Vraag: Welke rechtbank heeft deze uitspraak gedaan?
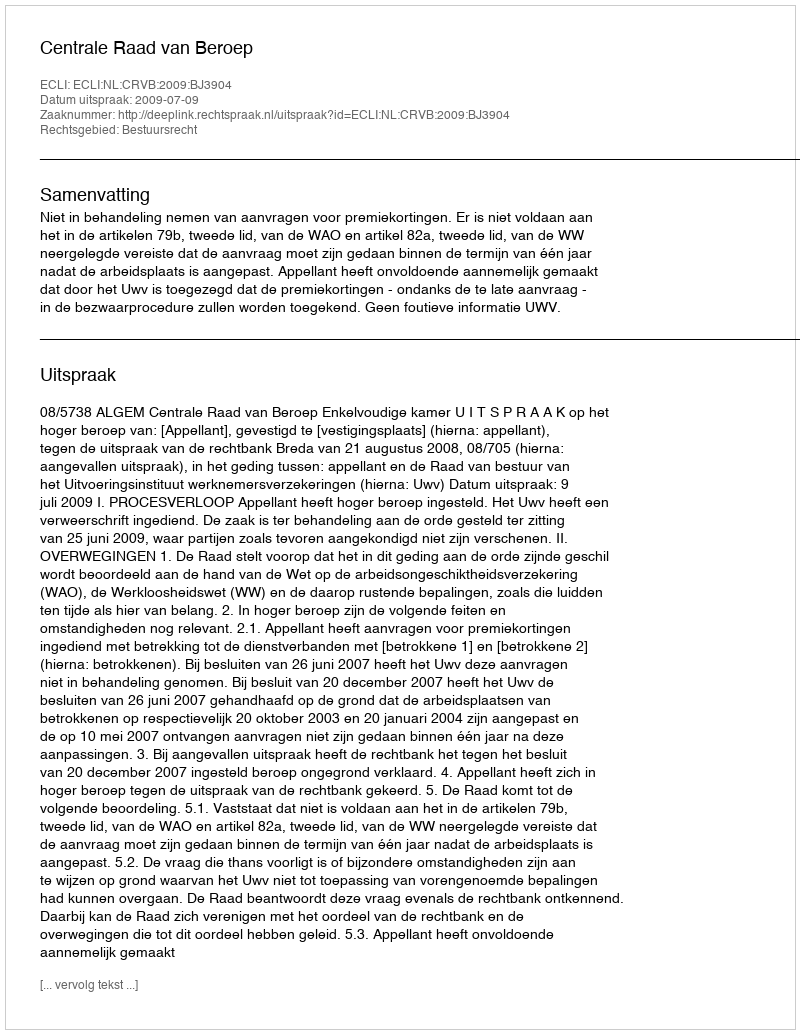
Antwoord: Centrale Raad van Beroep